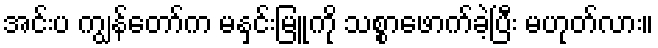
အင်းပ ကျွန်တော်က မနှင်းမြူကို သစ္စာဖောက်ခဲ့ပြီး မဟုတ်လား။